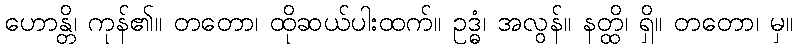
ဟောန္တိ၊ ကုန်၏။ တတော၊ ထိုဆယ်ပါးထက်။ ဥဒ္ဓံ၊ အလွန်။ နတ္ထိ၊ ရှိ။ တတော၊ မှ။